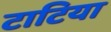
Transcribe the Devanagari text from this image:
टाटिया